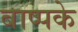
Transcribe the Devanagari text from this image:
बाष्पके